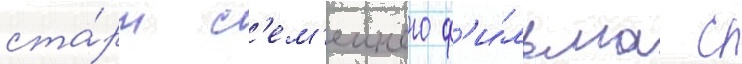
ста́рт с'ем'еиного ф'и́льма с